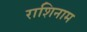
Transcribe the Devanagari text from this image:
राशिनाम